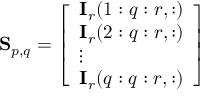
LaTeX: \mathbf { S } _ { p , q } = { \left[ \begin{array} { l } { \mathbf { I } _ { r } ( 1 : q : r , : ) } \\ { \mathbf { I } _ { r } ( 2 : q : r , : ) } \\ { \vdots } \\ { \mathbf { I } _ { r } ( q : q : r , : ) } \end{array} \right] }